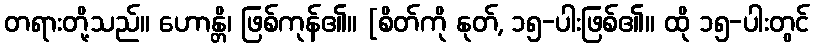
တရားတို့သည်။ ဟောန္တိ၊ ဖြစ်ကုန်၏။ [စိတ်ကို နုတ်, ၁၅-ပါးဖြစ်၏။ ထို ၁၅-ပါးတွင်